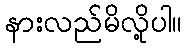
နားလည်မိလို့ပါ။